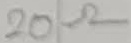
Text: 20Ω